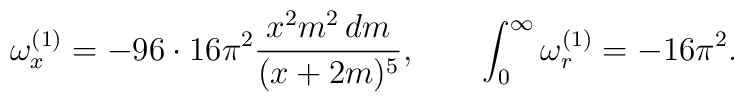
\omega^{(1)}_x=-96\cdot 16 \pi^2{x^2 m^2 \, dm\over(x+2m)^5},\quad\quad\int_0^\infty \omega^{(1)}_r=-16\pi^2.